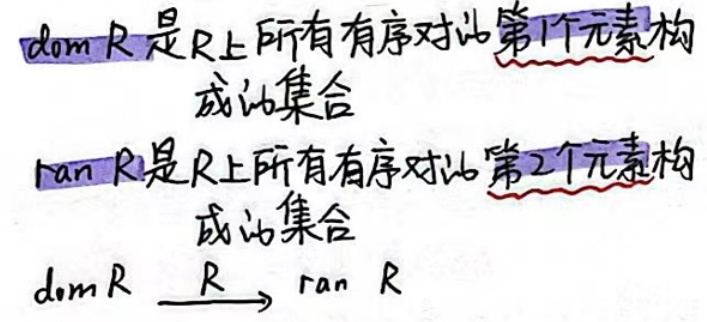
dom R 是 R 上所有有序对的第1个元素构
成的集合
ran R 是 R 上所有有序对的第2个元素构
成的集合
$dom R\xrightarrow{R}ran R$